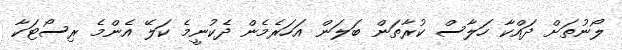
ލޯނުތަށް ދައްކާ ހަލާސް ކުރާތަން ބަލަން އަހަރެމެން ދެކުނީމެ ކަލޭ އެންމެ ރިސޯޓަކާ